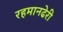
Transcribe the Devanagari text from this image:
रहमानढेरी